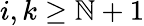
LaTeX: i,k\ge\mathbb{N}+1